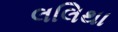
લલિથા